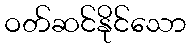
ဝတ်ဆင်နိုင်သော